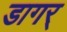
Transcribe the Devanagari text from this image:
डागर्